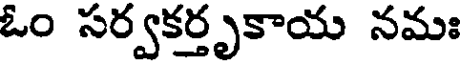
ఓం సర్వకర్తృకాయ నమః